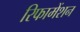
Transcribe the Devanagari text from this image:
रिफामेंशन